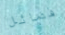
فصائل